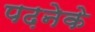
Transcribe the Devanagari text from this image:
पढ़नेके